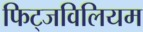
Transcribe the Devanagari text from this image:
फिट्जविलियम